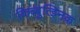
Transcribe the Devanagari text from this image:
किब्बुत्झ्निक